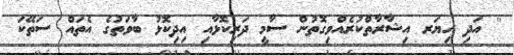
'' އަދި ހިޔަރ އިޝާރާތްކުރެއްވިގޮތުން ސާމީ ދަރިކޮޅާއި އިދިކޮޅު ބާވަތުގެ އެތައް ސަތޭކަ